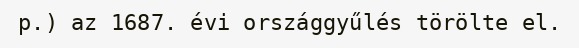
p.) az 1687. évi országgyűlés törölte el.